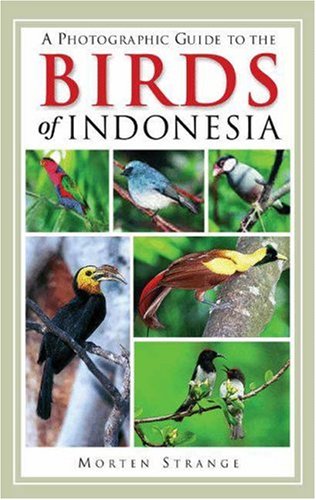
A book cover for A Photographic Guide to the Birds of Indonesia; Morten Strange; Travel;